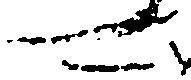
可